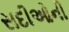
સદીઓની